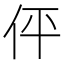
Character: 伻